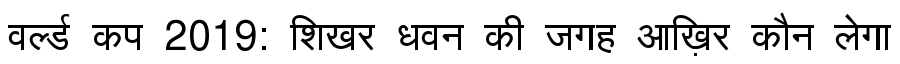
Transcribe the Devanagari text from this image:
वर्ल्ड कप 2019: शिखर धवन की जगह आख़िर कौन लेगा